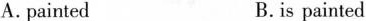
A.painted B.is painted